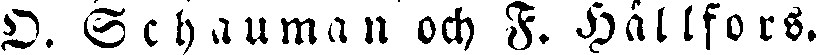
O. Schauman och F. Hällfors.